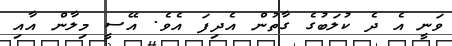
ވަނީ އެ ދެ ކުލަބުގެ ގާތުން އެދިފަ އެވެ. އޭސީ މިލާން އާއި